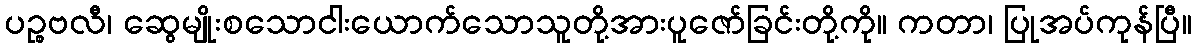
ပဉ္စဗလီ၊ ဆွေမျိုးစသောငါးယောက်သောသူတို့အားပူဇော်ခြင်းတို့ကို။ ကတာ၊ ပြုအပ်ကုန်ပြီ။